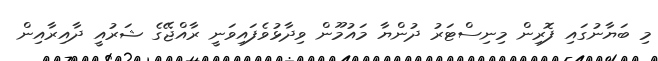
މި ބަޔާނުގައި ފޮރިން މިނިސްޓަރު ދުންޔާ މައުމޫން ވިދާޅުވެފައިވަނީ ރާއްޖޭގެ ޝަރުއީ ދާއިރާއިން